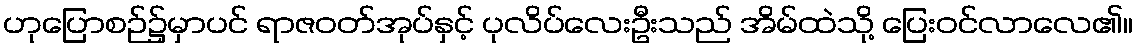
ဟုပြောစဉ်၌မှာပင် ရာဇဝတ်အုပ်နှင့် ပုလိပ်လေးဦးသည် အိမ်ထဲသို့ ပြေးဝင်လာလေ၏။